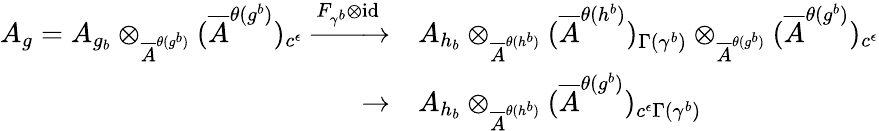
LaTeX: \begin{array}{rl}{A_{g}=A_{g_{b}}\otimes_{\overline{{A}}^{\theta(g^{b})}}(\overline{{A}}^{\theta(g^{b})})_{c^{\epsilon}}\xrightarrow{F_{\gamma^{b}}\otimes\operatorname{id}}}&{A_{h_{b}}\otimes_{\overline{{A}}^{\theta(h^{b})}}(\overline{{A}}^{\theta(h^{b})})_{\Gamma(\gamma^{b})}\otimes_{\overline{{A}}^{\theta(g^{b})}}(\overline{{A}}^{\theta(g^{b})})_{c^{\epsilon}}}\\ {\to}&{A_{h_{b}}\otimes_{\overline{{A}}^{\theta(h^{b})}}(\overline{{A}}^{\theta(g^{b})})_{c^{\epsilon}\Gamma(\gamma^{b})}}\end{array}